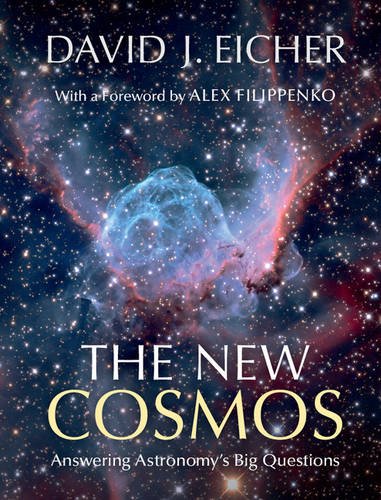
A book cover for The New Cosmos: Answering Astronomy's Big Questions; David J. Eicher; Science & Math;